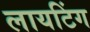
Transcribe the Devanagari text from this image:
लायटिंग